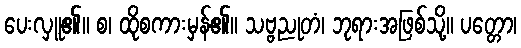
ပေးလှူ၏။ စ၊ ထိုစကားမှန်၏။ သဗ္ဗညုတံ၊ ဘုရားအဖြစ်သို့။ ပတ္တော၊